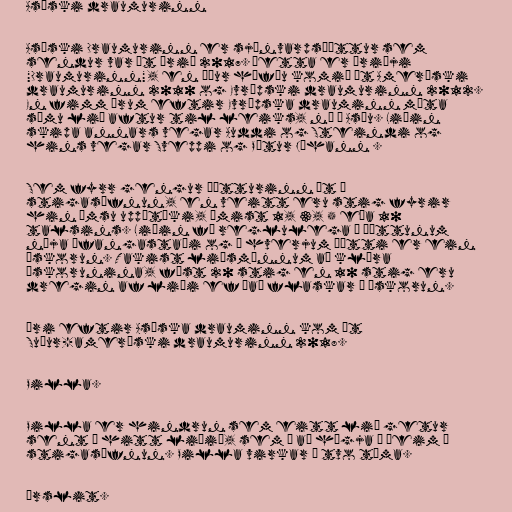
Asíski draumurinn

Asíski Draumurinn er sjónvarpsþáttur sem
sendur var út árið 2017. Þetta er þriðji
"Draumurinn", en áður höfðu komið út Ameríski
draumurinn 2010 og Evrópski draumurinn 2012.
En fimm árum eftir Evrópska drauminn mæta
sömu lið aftur til leiks, nú í Asíu. Liðin
skipa annars vegar Auddi og Steindi og
hins vegar Sveppi og Pétur Jóhann .

Sem fyrr gengur þátturinn út á
stigasöfnun, en veitt eru stig fyrir
hin ýmsu uppátæki, ýmist 1, 3, 5 eða 10
talsins. Liðin fá reglulega í þáttunum
nýja áfangastaði og í hverjum þætti er ein
áskorun. Takist liðsmönnum að klára
áskorunina, fást 20 stig en 10 stig eru
dregin af liði ef það flaskar á áskorun.

Ári eftir Asíska drauminn kom út
Suður-ameríski draumurinn 2018.

Pilla.

Pilla er hindrun sem eitt lið getur
sent á hitt liðið, sem á að hægja á þeim í
stigasöfnun. Pilla virkar í tvo tíma.

Úrslit.